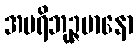
အပရိဘုဉ္ဇမာနော